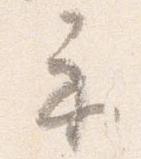
示